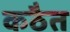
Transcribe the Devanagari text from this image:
कठैत